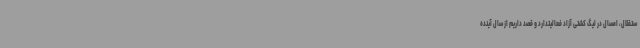
ستقلال، امسال در لیگ کشتی آزاد فعالیتدارد و قصد داریم از سال آینده